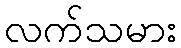
လက်သမား